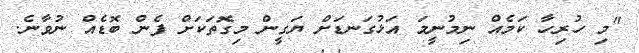
"މި ހުރިހާ ކަމެއް ނިމުނީމަ އަޅުގަނޑަށް ޔަގީން މިގޮތަކަށް ފެން ބޮޑެއް ނުވާނެ.